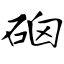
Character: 硇